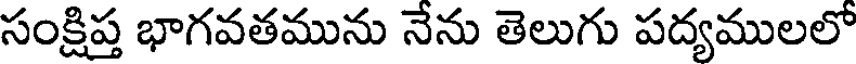
సంక్షిప్త భాగవతమును నేను తెలుగు పద్యములలో